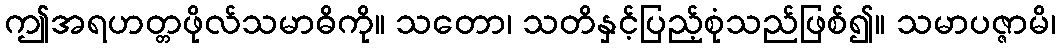
ဤအရဟတ္တဖိုလ်သမာဓိကို။ သတော၊ သတိနှင့်ပြည့်စုံသည်ဖြစ်၍။ သမာပဇ္ဇာမိ၊